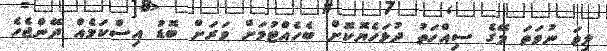
ލިވަ ނުވަތަ މޭގެ ސިއްހަތު ދުޅަހެޔޮކޮށް ބެހެއްޓުމަށް ވަރަށް ބޮޑު އިސްކަމެއް ދޭންޖެހެ